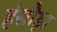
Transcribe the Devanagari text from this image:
हंसौड़ा